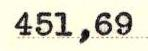
451,69